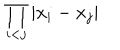
LaTeX: \displaystyle { \prod _ { i < j } | x _ { i } - x _ { j } | }